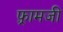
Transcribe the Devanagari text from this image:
फ़्रामजी